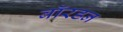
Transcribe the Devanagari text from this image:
बॉरडन